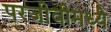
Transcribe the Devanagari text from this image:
परजीवीमध्ये